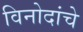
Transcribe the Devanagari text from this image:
विनोदांचे